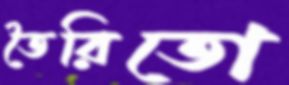
তৈরিতো